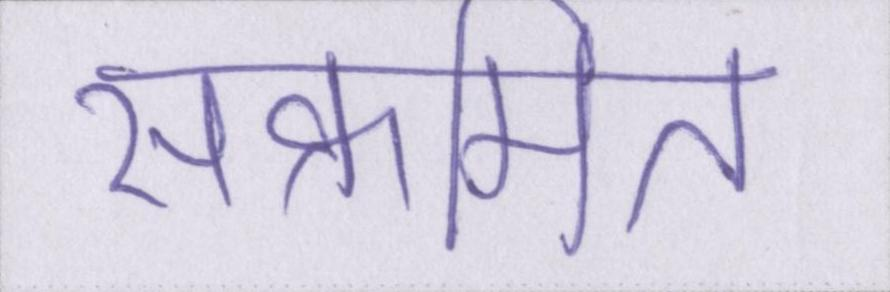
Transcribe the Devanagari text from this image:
संक्रमित